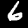
Digit: 6